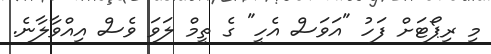
މި ރިޕޯޓަށް ފަހު "އަވަސް އެހީ" ގެ ތީމް ލަވަ ވެސް އިއްވާލާނެ.